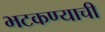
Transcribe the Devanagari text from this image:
भटकण्याची